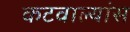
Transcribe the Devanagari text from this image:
कटवाल्यांस